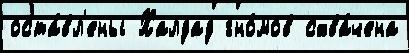
оста́вл'ены Халдад гно́мов схва́чена